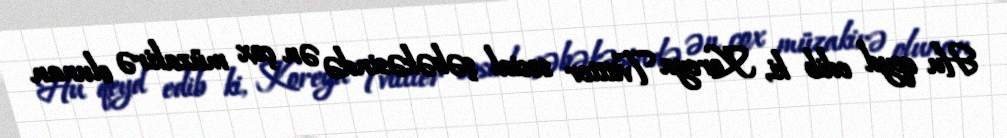
Hu qeyd edib ki, Koreya Tvittter sosial şəbəkəsində ən çox müzakirə olunan